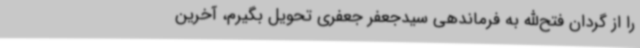
را از گردان فتح‌الله به فرماندهی سیدجعفر جعفری تحویل بگیرم، آخرین